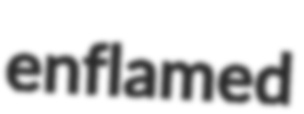
enflamed